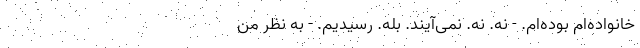
خانواده‌ام بوده‌ام. - نه. نه. نمی‌آیند. بله. رسیدیم. - به نظر من